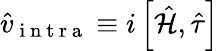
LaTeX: \hat{v}_{\mathrm{~i~n~t~r~a~}}\equiv i\left[\hat{\mathcal{H}},\hat{\tau}\right]